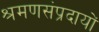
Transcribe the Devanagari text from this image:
श्रमणसंप्रदायों